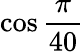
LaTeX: \cos{\frac{\pi}{40}}